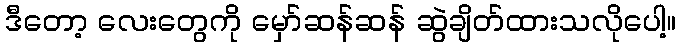
ဒီတော့ လေးတွေကို မှော်ဆန်ဆန် ဆွဲချိတ်ထားသလိုပေါ့။